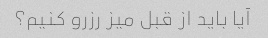
آیا باید از قبل میز رزرو کنیم؟